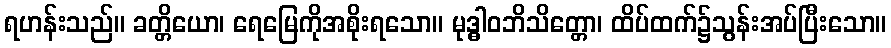
ရဟန်းသည်။ ခတ္တိယော၊ ရေမြေကိုအစိုးရသော။ မုဒ္ဓါဝဘိသိတ္တော၊ ထိပ်ထက်၌သွန်းအပ်ပြီးသော။